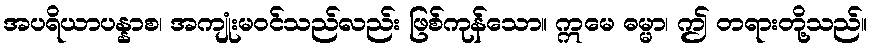
အပရိယာပန္နာစ၊ အကျုံးမဝင်သည်လည်း ဖြစ်ကုန်သော။ ဣမေ ဓမ္မာ၊ ဤ တရားတို့သည်။